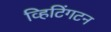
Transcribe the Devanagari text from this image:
व्हिटिंगटन